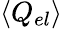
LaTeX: \langle Q_{el}\rangle